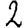
Digit: 2